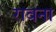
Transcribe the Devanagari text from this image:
रावना